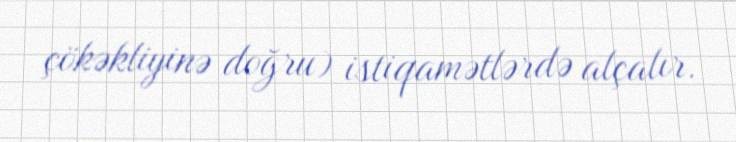
çökəkliyinə doğru) istiqamətlərdə alçalır.